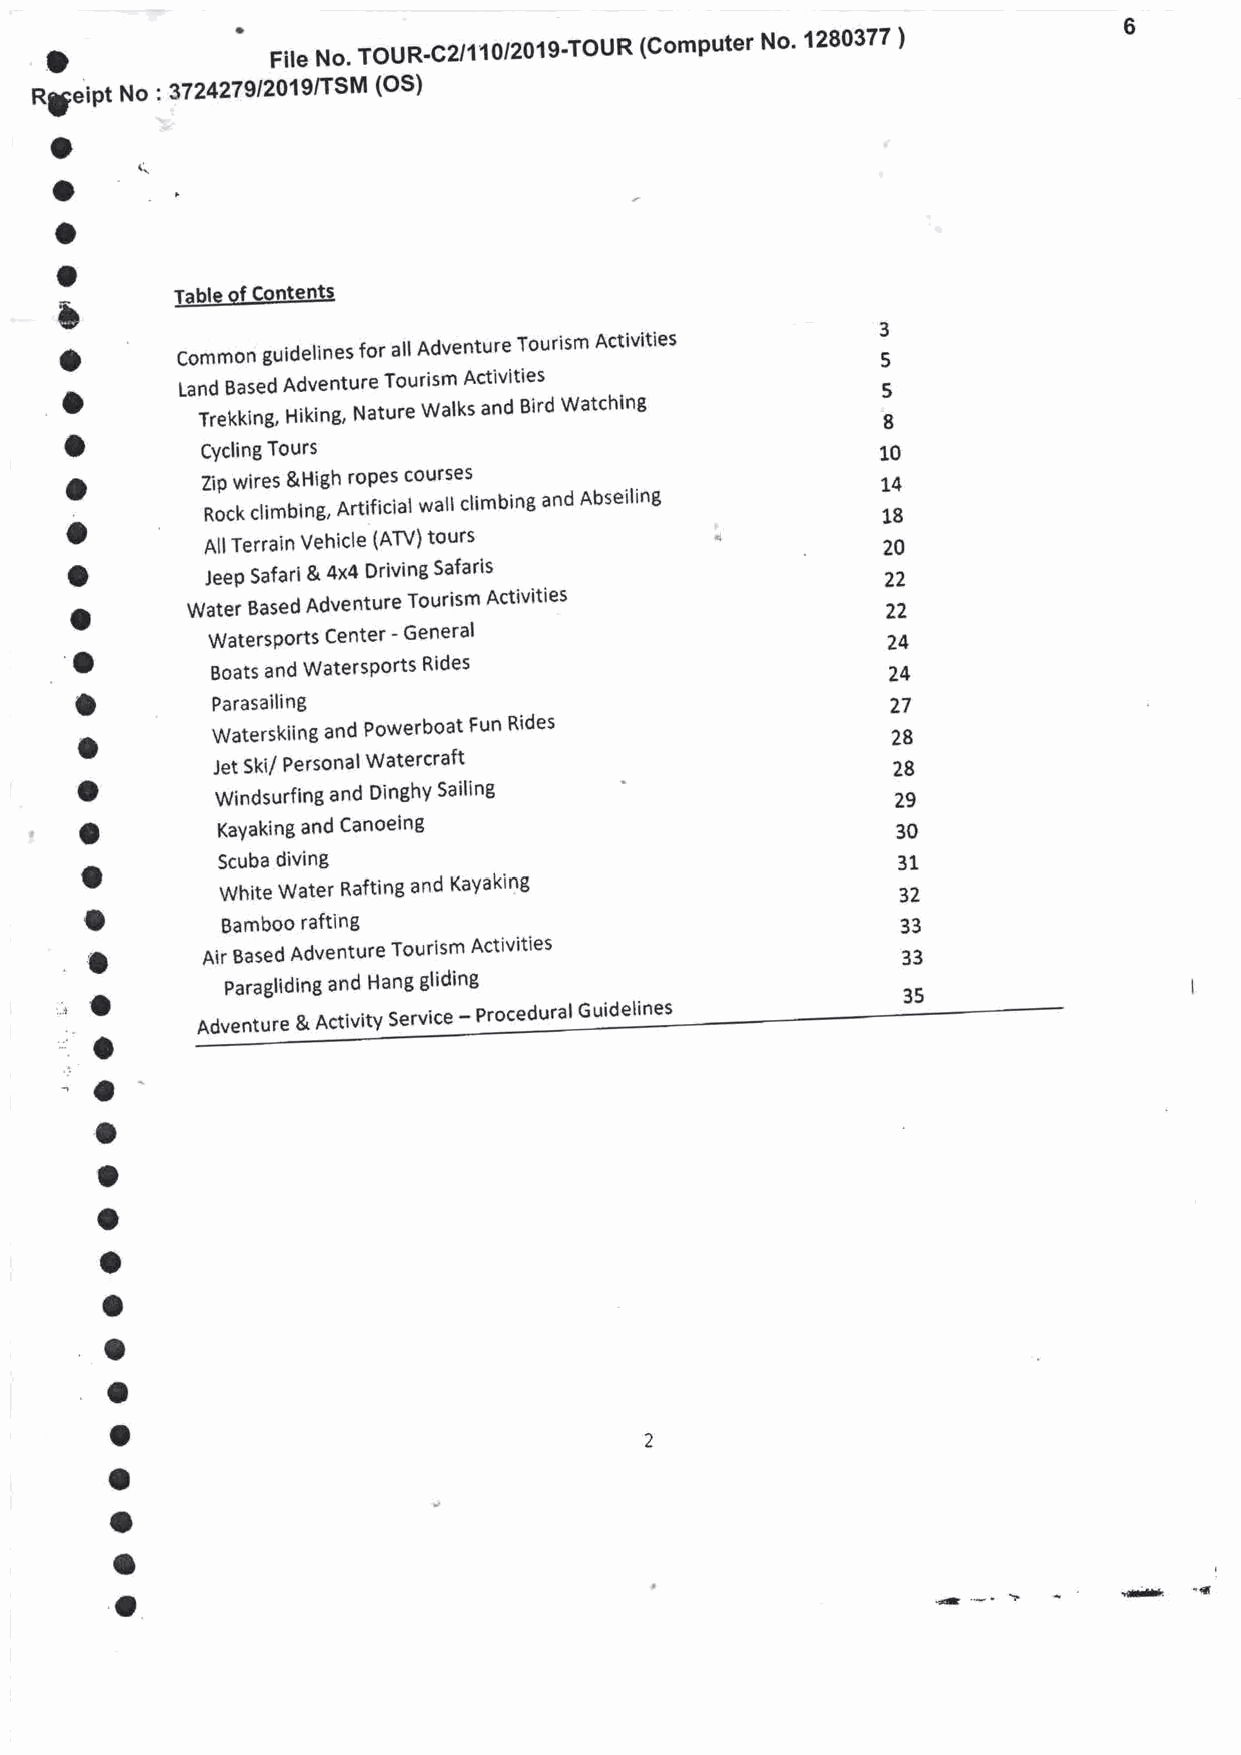
'
 6
 (computer No' 1280377 )
 O              ,,," No. ToUR'c2l11ot2o1g'TouR
 (OS)
 RaeiPt No :3724279/2019/TSM
 o
 (l
 o
 a
 o
 t
 Table of Contents
 3
 a            guidelines for all Adventure Tourism Activities
 Common                                        5
 o       Land Based Adventure Tourism Activities       5
 Trekking, Hiking, Nature Walks and Bird Watching 8
 o
 CYcling Tours                                10
 o        ZiP wires &High roPes courses                14
 o         Rock climbing, Artificial wall climbing and Abseiling 18
 AllTerrain Vehicle (AW) tours               20
 o        JeeP Safari & 4x4 Driving Safaris            22
 o      Water Based Adventure Tourism Activities       22
 WatersPorts Center - General                 24
 O        Boats and WatersPorts Rides                  24
 o
 Parasailing                                  27
 o        Waterskiing and Powerboat Fun Rides          28
 Jet Ski/ Personal Watercraft                 28
 o
 Windsurfing and DinghY Sailing               29
 o        KaYaking and Canoeing                        30
 o        Scuba diving                                 31
 White Water Rafting and KaYaking             32
 o
 Bamboo rafting                               33
 o      Air Based Adventure Tourism Activities         33
 ,.r a      Paragliding and Hang gliding                 35
 S""itt - Ptot"du"t
 ,:       Adventure & Activity
 a
 -a
 a
 o
 a
 o
 o
 O
 a
 o
 o
 a
 a
 a                                                     *..-. t -   i*   "ll